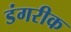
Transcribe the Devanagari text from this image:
डंगरीक